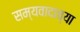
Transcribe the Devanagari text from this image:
सम्यवादाच्या